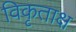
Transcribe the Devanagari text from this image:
विकृताक्ष